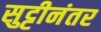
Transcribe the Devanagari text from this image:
सुट्टीनंतर